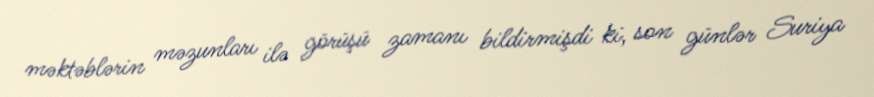
məktəblərin məzunları ilə görüşü zamanı bildirmişdi ki, son günlər Suriya